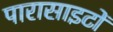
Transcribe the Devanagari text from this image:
पारासाइटों